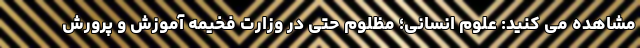
مشاهده می کنید: علوم انسانی؛ مظلوم حتی در وزارت فخیمه آموزش و پرورش